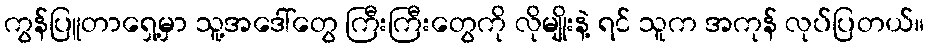
ကွန်ပြူတာရှေ့မှာ သူ့အဒေါ်တွေ ကြီးကြီးတွေကို လိုမျိုးနဲ့ ရင် သူက အကုန် လုပ်ပြတယ်။